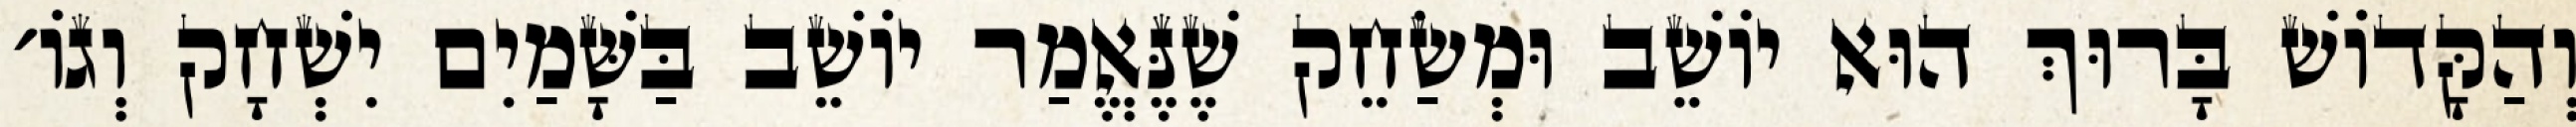
וְהַקָּדוֹשׁ בָּרוּךְ הוּא יוֹשֵׁב וּמְשַׂחֵק שֶׁנֶּאֱמַר יוֹשֵׁב בַּשָּׁמַיִם יִשְׁחָק וְגוֹ׳